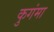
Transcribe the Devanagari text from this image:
कुगंमा